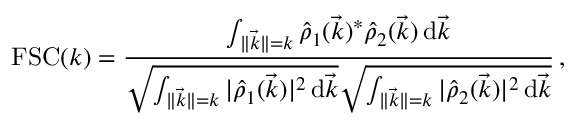
\mathrm { F S C } ( k ) = \frac { \int _ { \lVert \vec { k } \rVert = k } \hat { \rho } _ { 1 } ( \vec { k } ) ^ { * } \hat { \rho } _ { 2 } ( \vec { k } ) \, \mathrm d \vec { k } } { \sqrt { \int _ { \lVert \vec { k } \rVert = k } | \hat { \rho } _ { 1 } ( \vec { k } ) | ^ { 2 } \, \mathrm d \vec { k } } \sqrt { \int _ { \lVert \vec { k } \rVert = k } | \hat { \rho } _ { 2 } ( \vec { k } ) | ^ { 2 } \, \mathrm d \vec { k } } } \, ,